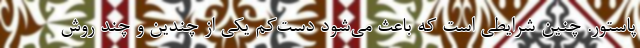
پاستور. چنین شرایطی است که باعث می‌شود دست‌کم یکی از چندین و چند روش